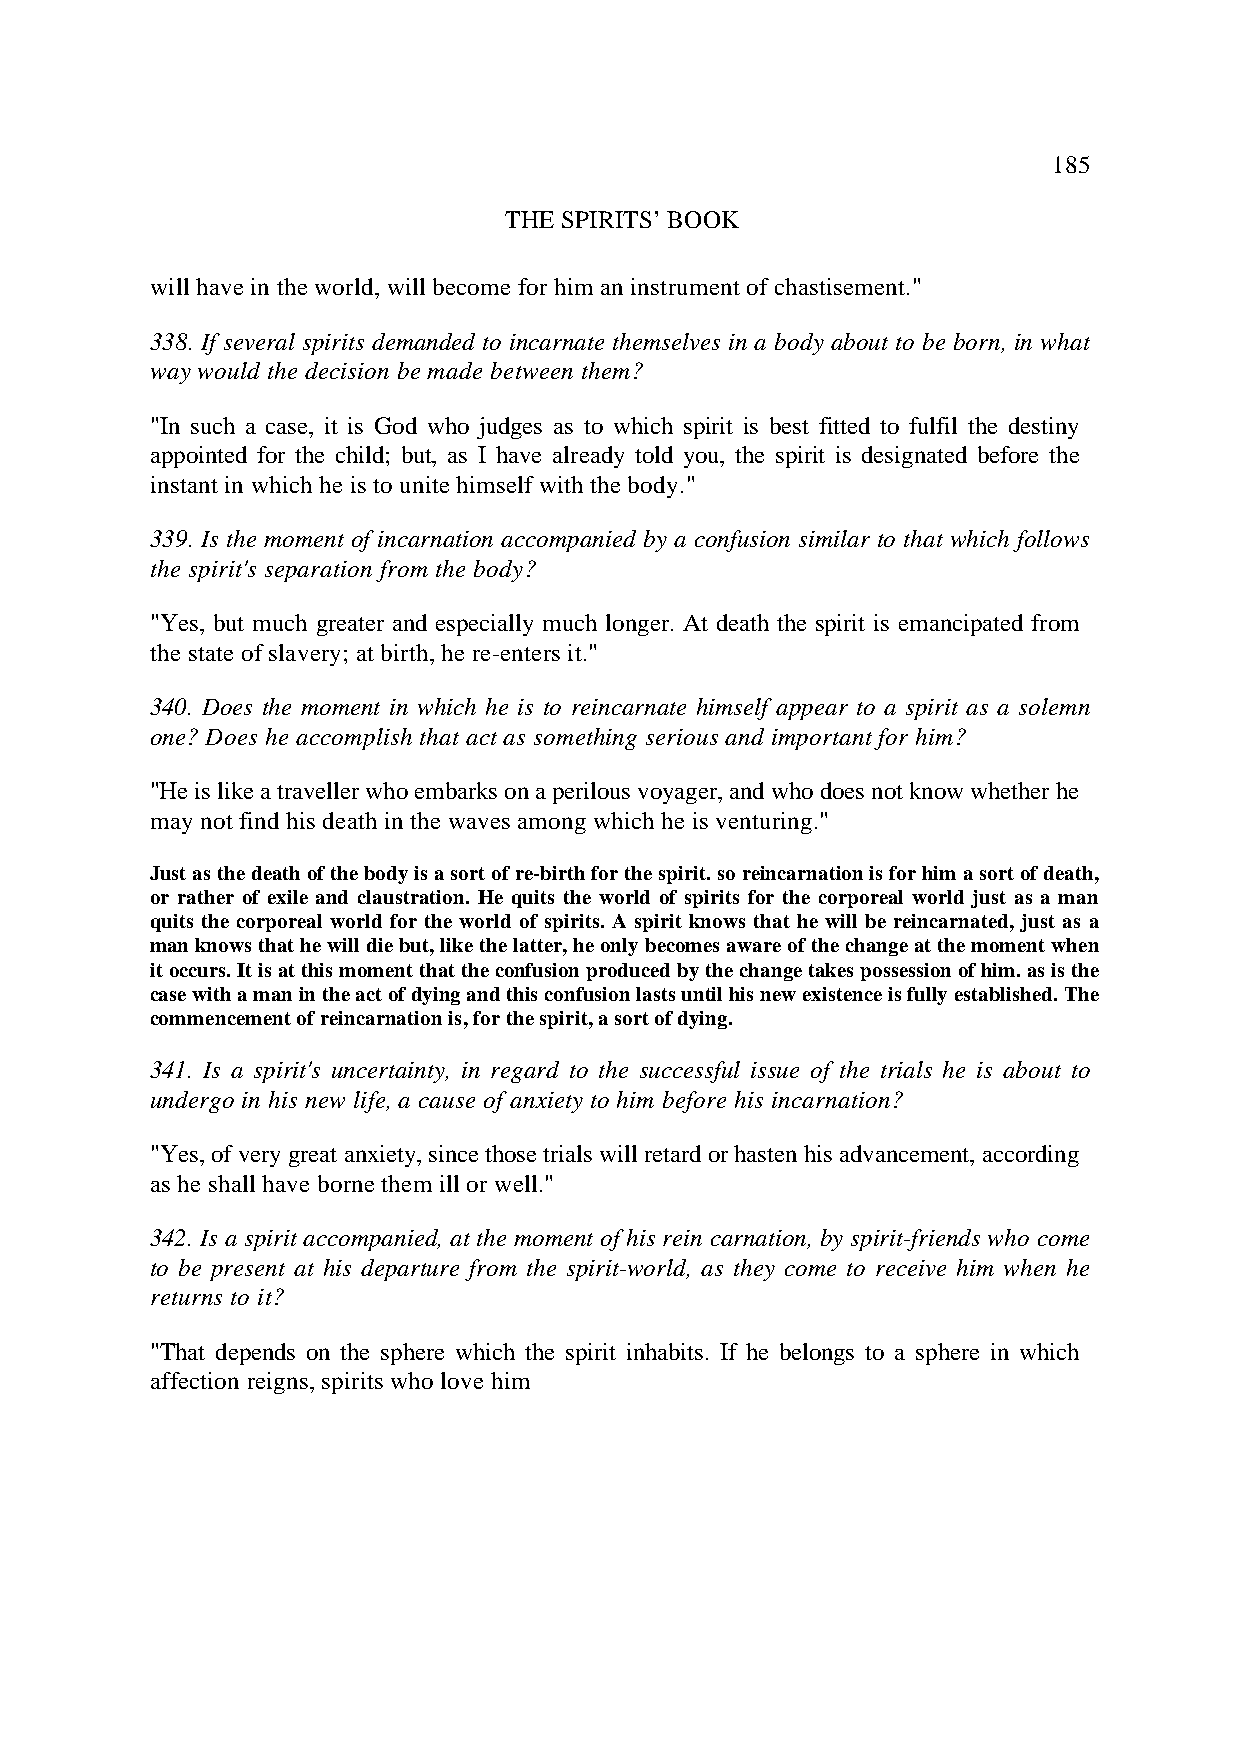
185
 THE SPIRITS’ BOOK
 will have in the world, will become for him an instrument of chastisement."
 338. If several spirits demanded to incarnate themselves in a body about to be born, in what
 way would the decision be made between them?
 "In such a case, it is God who judges as to which spirit is best fitted to fulfil the destiny
 appointed for the child; but, as I have already told you, the spirit is designated before the
 instant in which he is to unite himself with the body."
 339. Is the moment of incarnation accompanied by a confusion similar to that which follows
 the spirit's separation from the body?
 "Yes, but much greater and especially much longer. At death the spirit is emancipated from
 the state of slavery; at birth, he re-enters it."
 340. Does the moment in which he is to reincarnate himself appear to a spirit as a solemn
 one? Does he accomplish that act as something serious and important for him?
 "He is like a traveller who embarks on a perilous voyager, and who does not know whether he
 may not find his death in the waves among which he is venturing."
 Just as the death of the body is a sort of re-birth for the spirit. so reincarnation is for him a sort of death,
 or rather of exile and claustration. He quits the world of spirits for the corporeal world just as a man
 quits the corporeal world for the world of spirits. A spirit knows that he will be reincarnated, just as a
 man knows that he will die but, like the latter, he only becomes aware of the change at the moment when
 it occurs. It is at this moment that the confusion produced by the change takes possession of him. as is the
 case with a man in the act of dying and this confusion lasts until his new existence is fully established. The
 commencement of reincarnation is, for the spirit, a sort of dying.
 341. Is a spirit's uncertainty, in regard to the successful issue of the trials he is about to
 undergo in his new life, a cause of anxiety to him before his incarnation?
 "Yes, of very great anxiety, since those trials will retard or hasten his advancement, according
 as he shall have borne them ill or well."
 342. Is a spirit accompanied, at the moment of his rein carnation, by spirit-friends who come
 to be present at his departure from the spirit-world, as they come to receive him when he
 returns to it?
 "That depends on the sphere which the spirit inhabits. If he belongs to a sphere in which
 affection reigns, spirits who love him